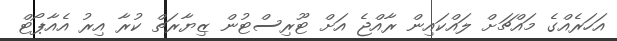
އަހަރެއްގެ މައްޗަށް ލައްކައިން ރާއްޖެ އަށް ޓޫރިސްޓުން ޒިޔާރަތް ކުރާ އިރު އެއާޕޯޓް